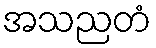
အသညတံ